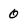
Character: 0